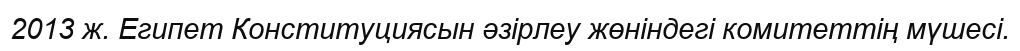
2013 ж. Египет Конституциясын әзірлеу жөніндегі комитеттің мүшесі.